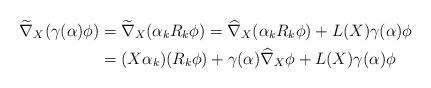
LaTeX: \begin{align*}\widetilde{\nabla}_X(\gamma(\alpha)\phi)&=\widetilde{\nabla}_X(\alpha_kR_k\phi)=\widehat{\nabla}_X(\alpha_kR_k\phi)+L(X)\gamma(\alpha)\phi\\&=(X\alpha_k)(R_k\phi)+\gamma(\alpha)\widehat{\nabla}_X\phi+L(X)\gamma(\alpha)\phi \end{align*}